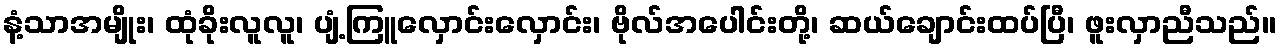
နံ့သာအမျိုး၊ ထုံခိုးလူလူ၊ ပျံ့ကြူလှောင်းလှောင်း၊ ဗိုလ်အပေါင်းတို့၊ ဆယ်ချောင်းထပ်ပြီ၊ ဖူးလှာညီသည်။